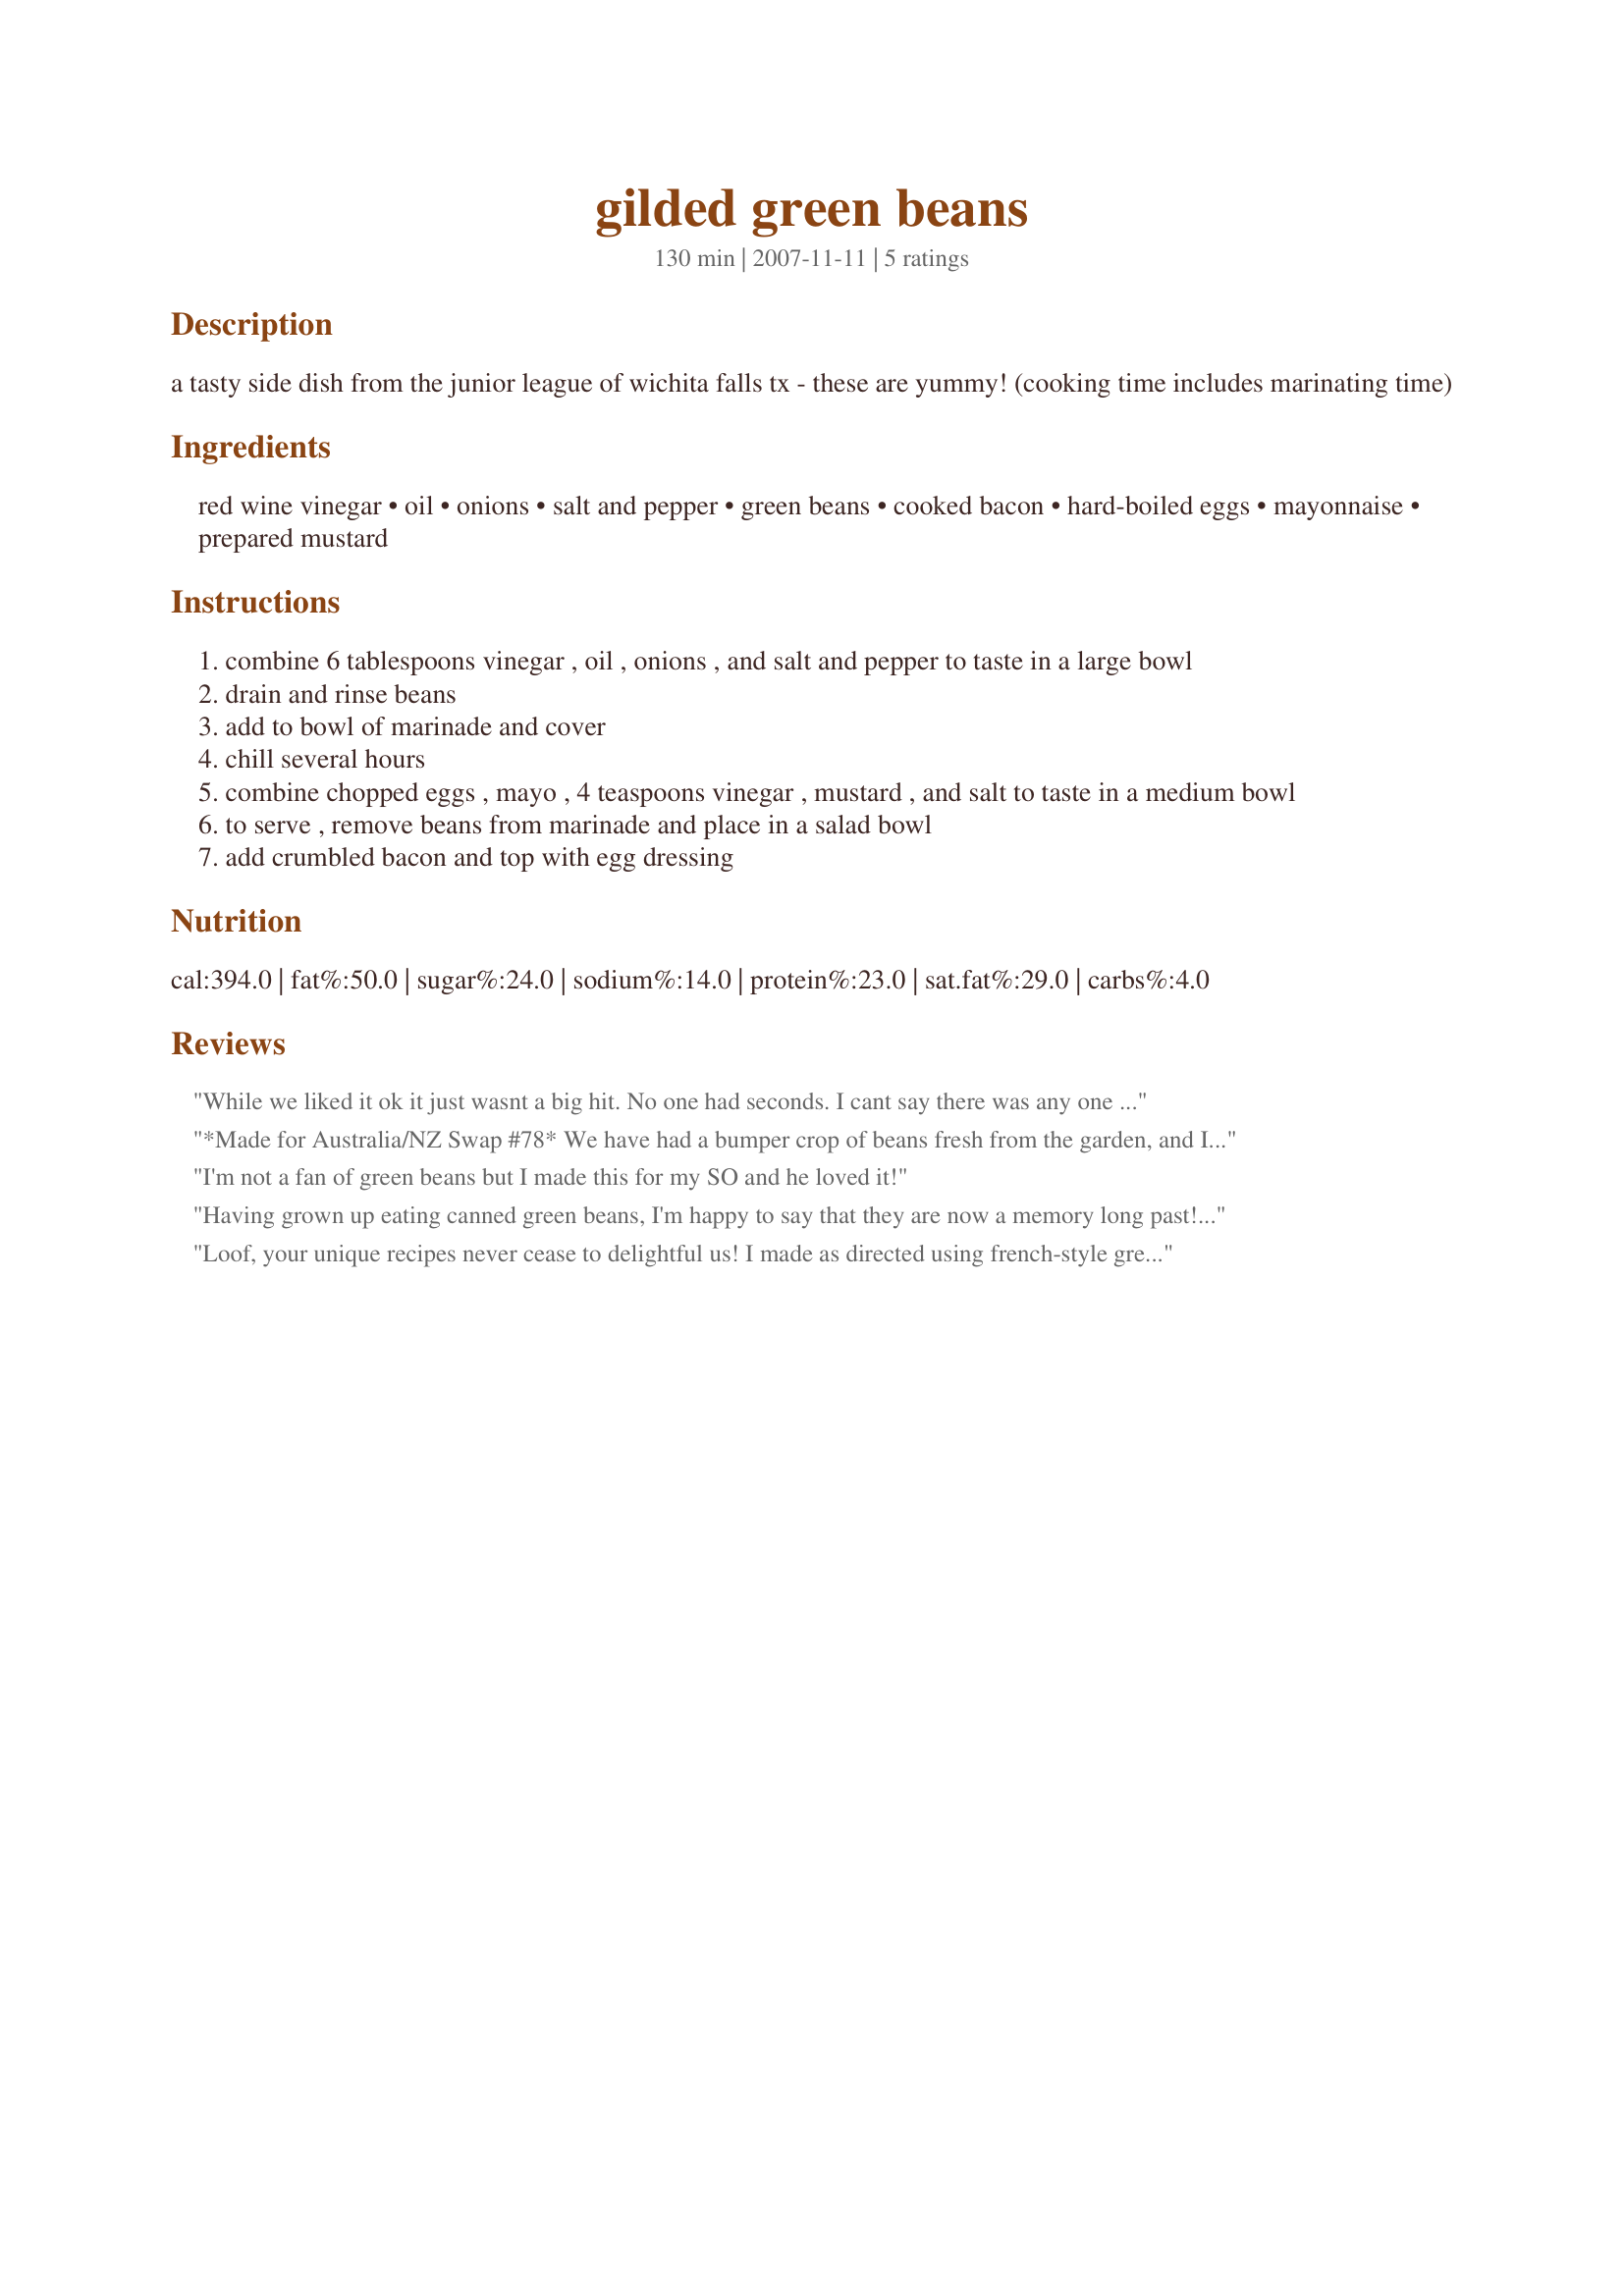
gilded green beans
Preparation time: 130 minutes

a tasty side dish from the junior league of wichita falls tx - these are yummy!
(cooking time includes marinating time)

Ingredients:
red wine vinegar, oil, onions, salt and pepper, green beans, cooked bacon, hard-boiled eggs, mayonnaise, prepared mustard

Steps:
combine 6 tablespoons vinegar , oil , onions , and salt and pepper to taste in a large bowl
drain and rinse beans
add to bowl of marinade and cover
chill several hours
combine chopped eggs , mayo , 4 teaspoons vinegar , mustard , and salt to taste in a medium bowl
to serve , remove beans from marinade and place in a salad bowl
add crumbled bacon and top with egg dressing

Reviews:
While we liked it ok it just wasnt a big hit. No one had seconds. I cant say there was any one particular thing wrong with it - it just didnt stand out in any way.
*Made for Australia/NZ Swap #78* We have had a bumper crop of beans fresh from the garden, and I have blanched and frozen about 12-15 pounds ! I steamed the fresh beans and quickly cooled them, then added to the marinade. Since there is just the 2 of us, I served the beans and topped with the egg mixture and bacon on the plate -- plenty for another meal. Great, zingy, flavor ! I can do this in the Winter with the frozen beans, but we will enjoy this prep several times now. Great for picnic prep ! Thanks for posting, loof !
I'm not a fan of green beans but I made this for my SO and he loved it!
Having grown up eating canned green beans, I'm happy to say that they are now a memory long past! So, although I pretty much followed your recipe, I did use some nicely steamed fresh green beans & went on from there to serve a wonderfully delicious side of this veggie! Definitely worth making again! Thanks for posting the recipe! [Made & reviewed in 1-2-3 Hits recipe tag]
Loof, your unique recipes never cease to delightful us! I made as directed using french-style green beans. I didn't want to waste the wonderful marinade, so I placed the marinated beans and onions (I thin sliced the onions to match the beans) atop some shredded lettuce. I saved on a bowl and added the mayo and prepared mustard directly to the small amount of marinade that was left in the bowl. Now, that said, when I took the beans from the fridge and tasted them, WOW!!! I almost ate it all before photographing, and dang it, it was so good that I couldn't wait, and accidentally left the boiled eggs and bacon bits on the counter. The one thing I will say is that the marinaded beans were best right out of the fridge, before the mayo dressing. The upside? My new way to prepare green beans! Thanks again Loof, for another great recipe. :)
